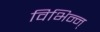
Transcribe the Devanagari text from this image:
विभिन्न्